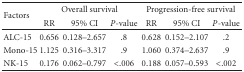
| <ROWSPAN=2> Factors | <COLSPAN=3> Overall survival | <COLSPAN=3> Progression-free survival |
 | RR | 95% CI | P-value | RR | 95% CI | P-value |
 | --- | --- | --- | --- | --- | --- | --- |
 | ALC-15 | 0.656 | 0.128–2.657 | .8 | 0.628 | 0.152–2.107 | .2 |
 | Mono-15 | 1.125 | 0.316–3.317 | .9 | 1.060 | 0.374–2.637 | .9 |
 | NK-15 | 0.176 | 0.062–0.797 | <.006 | 0.188 | 0.057–0.593 | <.002 |